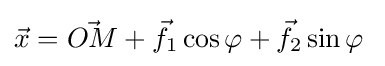
{\vec {x}}={\vec {OM}}+{\vec {f}}_{1}\cos \varphi +{\vec {f}}_{2}\sin \varphi \;